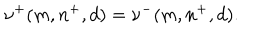
LaTeX: \nu ^ { + } ( m , n ^ { + } , d ) = \nu ^ { - } ( m , n ^ { + } , d ) .